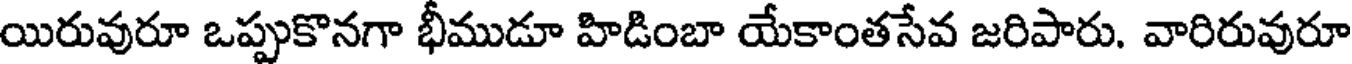
యిరువురూ ఒప్పుకొనగా భీముడూ హిడింబా యేకాంతసేవ జరిపారు. వారిరువురూ